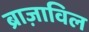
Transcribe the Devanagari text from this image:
ब्राज़ाविल